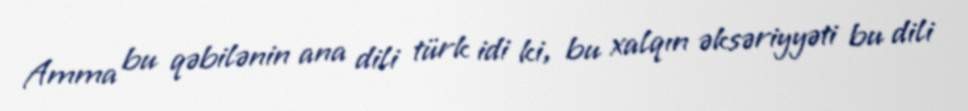
Amma bu qəbilənin ana dili türk idi ki, bu xalqın əksəriyyəti bu dili